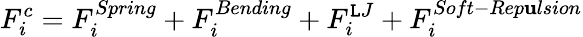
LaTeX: F_{i}^{c}=F_{i}^{Spring}+F_{i}^{Bending}+F_{i}^{\mathtt{L}J}+F_{i}^{Soft-Rep\mathbf{u}lsion}